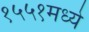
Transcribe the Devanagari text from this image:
१५५१मध्ये